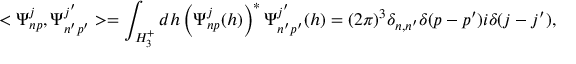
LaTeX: < \Psi _ { n p } ^ { j } , \Psi _ { n ^ { \prime } p ^ { \prime } } ^ { j ^ { \prime } } > = \int _ { H _ { 3 } ^ { + } } d h \left( \Psi _ { n p } ^ { j } ( h ) \right) ^ { \ast } \Psi _ { n ^ { \prime } p ^ { \prime } } ^ { j ^ { \prime } } ( h ) = ( 2 \pi ) ^ { 3 } \delta _ { n , n ^ { \prime } } \delta ( p - p ^ { \prime } ) i \delta ( j - j ^ { \prime } ) ,